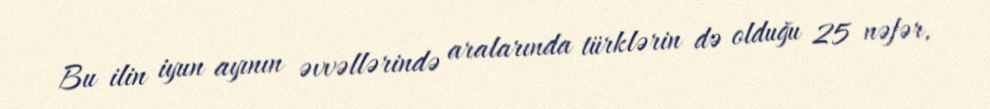
Bu ilin iyun ayının əvvəllərində aralarında türklərin də olduğu 25 nəfər,